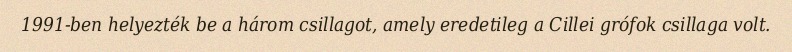
1991-ben helyezték be a három csillagot, amely eredetileg a Cillei grófok csillaga volt.